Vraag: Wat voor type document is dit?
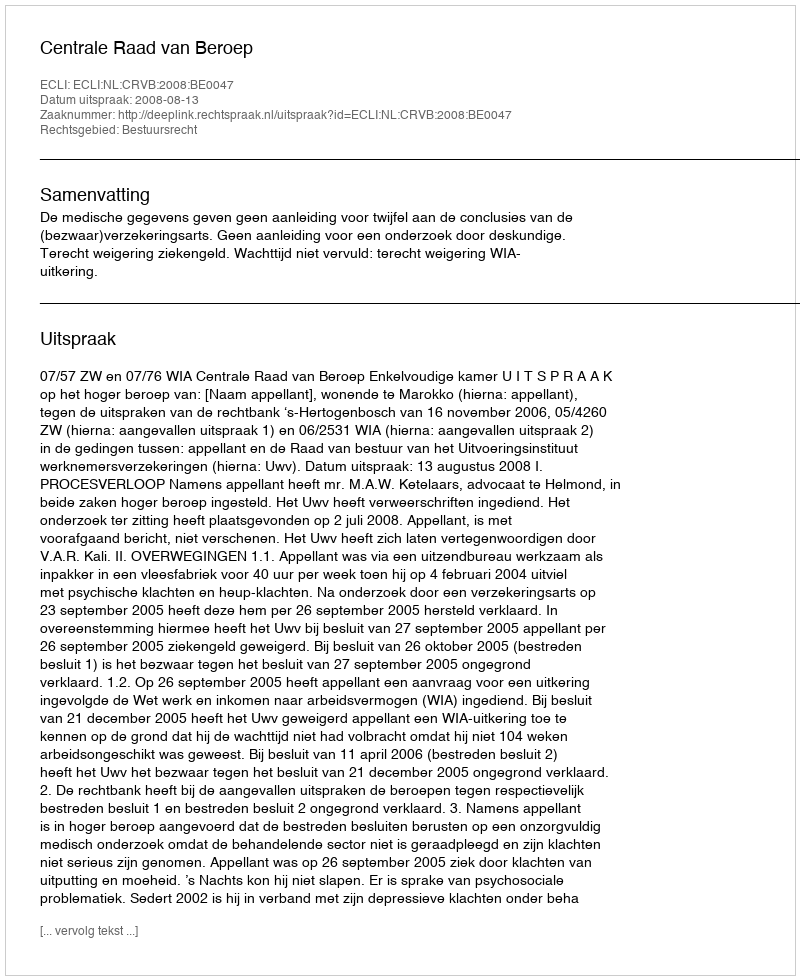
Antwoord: Uitspraak